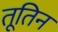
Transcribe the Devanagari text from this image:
तूतिन